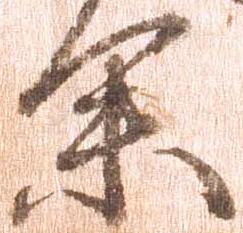
余